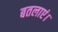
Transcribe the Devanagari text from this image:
बतलाएं।